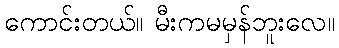
ကောင်းတယ်။ မီးကမမှန်ဘူးလေ။